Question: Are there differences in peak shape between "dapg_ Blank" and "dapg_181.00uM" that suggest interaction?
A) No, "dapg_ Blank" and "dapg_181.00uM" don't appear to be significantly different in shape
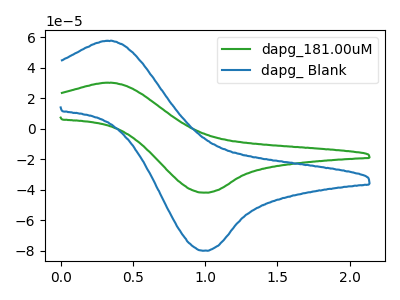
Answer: <think>The green curve "dapg_181.00uM" has an anodic peak at (0.35V, 30.25uA) and a cathodic peak at (1.00V, -41.95uA). The blue curve "dapg_ Blank" has an anodic peak at (0.35V, 57.75uA) and a cathodic peak at (1.00V, -80.05uA).
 All the peaks in "dapg_ Blank" have a peak in "dapg_181.00uM" at the same potential. Every peak in "dapg_ Blank" is higher than every peak in "dapg_181.00uM".</think>
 <answer>A) No, "dapg_ Blank" and "dapg_181.00uM" don't appear to be significantly different in shape</answer>
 <eval>A</eval>